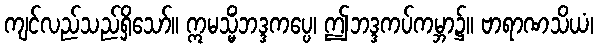
ကျင်လည်သည်ရှိသော်။ ဣမသ္မိံဘဒ္ဒကပ္ပေ၊ ဤဘဒ္ဒကပ်ကမ္ဘာ၌။ ဗာရာဏသိယံ၊